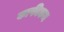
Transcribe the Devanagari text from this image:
काफीकम